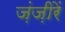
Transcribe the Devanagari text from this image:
ज़ंज़ीरें